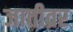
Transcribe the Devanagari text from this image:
जातीव्रर